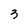
Character: 3